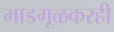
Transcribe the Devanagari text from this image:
माडगूळकरही